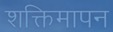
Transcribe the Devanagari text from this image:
शक्तिमापन